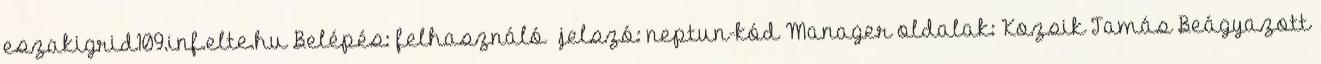
eszakigrid109.inf.elte.hu Belépés: felhasználó jelszó: neptun-kód Manager oldalak: Kozsik Tamás Beágyazott